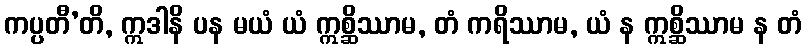
ကပ္ပတီ’တိ, ဣဒါနိ ပန မယံ ယံ ဣစ္ဆိဿာမ, တံ ကရိဿာမ, ယံ န ဣစ္ဆိဿာမ န တံ